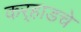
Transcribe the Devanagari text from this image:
कर्‍हाडचे